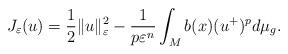
LaTeX: \begin{align*}J_{\varepsilon}(u)=\frac{1}{2}\Vert u\Vert_{\varepsilon}^{2}-\frac{1}{p\varepsilon^{n}}\int_{M}b(x)(u^{+})^{p}d\mu_{g}.\end{align*}